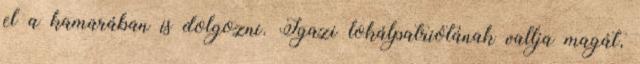
el a kamarában is dolgozni. Igazi lokálpatriótának vallja magát,